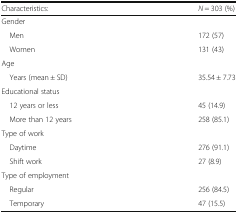
<table><thead><tr><td><b>Characteristics:</b></td><td><b><i>N</i> = 303 (%)</b></td></tr></thead><tbody><tr><td colspan="2">Gender</td></tr><tr><td> Men</td><td>172 (57)</td></tr><tr><td> Women</td><td>131 (43)</td></tr><tr><td colspan="2">Age</td></tr><tr><td> Years (mean ± SD)</td><td>35.54 ± 7.73</td></tr><tr><td colspan="2">Educational status</td></tr><tr><td> 12 years or less</td><td>45 (14.9)</td></tr><tr><td> More than 12 years</td><td>258 (85.1)</td></tr><tr><td colspan="2">Type of work</td></tr><tr><td> Daytime</td><td>276 (91.1)</td></tr><tr><td> Shift work</td><td>27 (8.9)</td></tr><tr><td colspan="2">Type of employment</td></tr><tr><td> Regular</td><td>256 (84.5)</td></tr><tr><td> Temporary</td><td>47 (15.5)</td></tr></tbody></table>